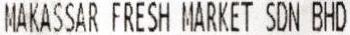
MAKASSAR FRESH MARKET SDN BHD